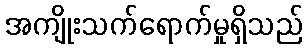
အကျိုးသက်ရောက်မှုရှိသည်